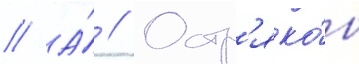
// А́ // Остр'яко́в